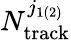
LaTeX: N_{\mathrm{track}}^{j_{1\left(2\right)}}